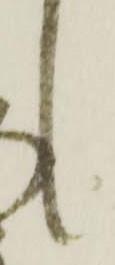
々